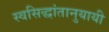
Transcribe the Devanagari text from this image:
स्वसिद्धांतानुयायी